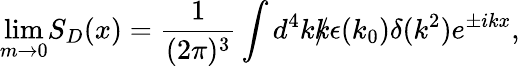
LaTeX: {\operatorname*{lim}_{m\rightarrow 0}}S_{D}(x)={\frac{1}{(2\pi)^{3}}}\int d^{4}k{\rlap/{k}}{\epsilon}(k_{0}){\delta}(k^{2})e^{\pm ikx},